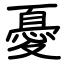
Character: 憂